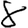
Digit: 8